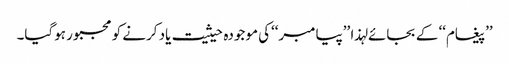
’’پیغام‘‘ کے بجائے لہذا ’’پیامبر‘‘کی موجودہ حیثیت یاد کرنے کو مجبور ہوگیا۔